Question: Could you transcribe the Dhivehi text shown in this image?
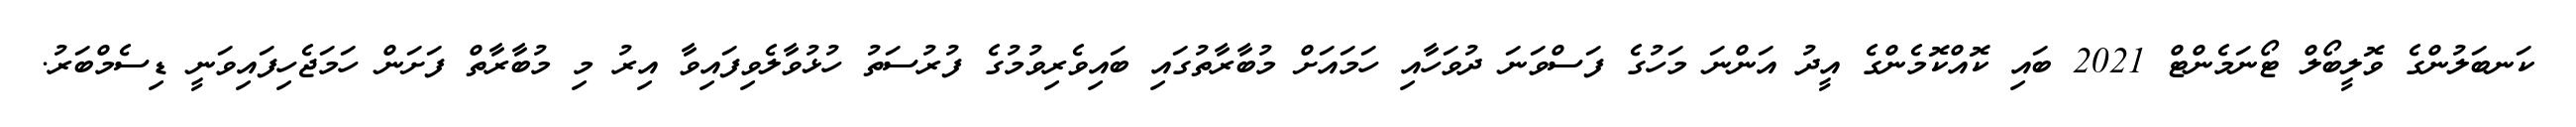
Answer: ކަނބަލުންގެ ވޮލީބޯލް ޓޯނަމެންޓް 2021 ބައި ކޮއްކޮމެންގެ އީދު އަންނަ މަހުގެ ފަސްވަނަ ދުވަހާއި ހަމައަށް މުބާރާތުގައި ބައިވެރިވުމުގެ ފުރުސަތު ހުޅުވާލެވިފައިވާ އިރު މި މުބާރާތް ފަށަން ހަމަޖެހިފައިވަނީ ޑިސެމްބަރު.